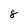
Character: 8